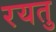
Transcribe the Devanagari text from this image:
रयतु